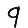
Digit: 9